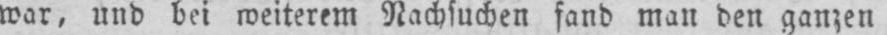
war, und bei weiterem Nachsuchen fand man den ganzen